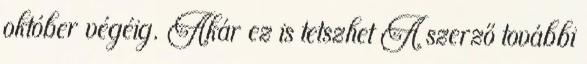
október végéig. Akár ez is tetszhet A szerző további